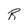
Character: R